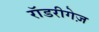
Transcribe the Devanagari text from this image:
रॉडरीगेज़